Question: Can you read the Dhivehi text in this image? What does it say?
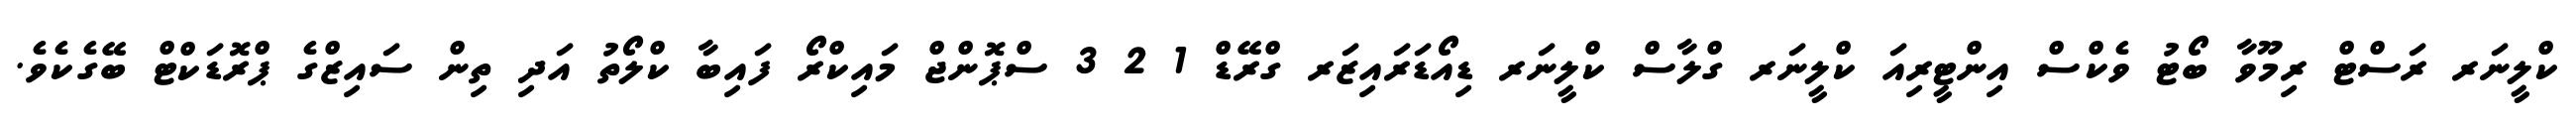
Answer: ކްލީނަރ ރަސްޓް ރިމޫވާ ބޯޓު ވެކްސް އިންޓީރިއަ ކްލީނަރ ގްލާސް ކްލީނަރ ޑިއޯޑަރައިޒަރ ގްރޭޑް 1 2 3 ސްޕޮންޖް މައިކްރޯ ފައިބާ ކްލޯތު އަދި ތިން ސައިޒްގެ ޕްރޮޑަކްޓް ބޭގެކެވެ.